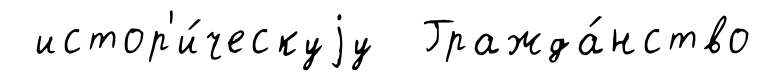
истор'и́ческуjу Гражда́нство